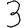
Digit: 3